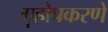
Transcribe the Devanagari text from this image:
गृहोपकरणे